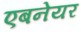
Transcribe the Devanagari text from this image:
एबनेयर